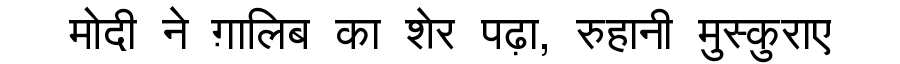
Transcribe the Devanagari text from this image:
मोदी ने ग़ालिब का शेर पढ़ा, रुहानी मुस्कुराए